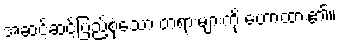
အဆင့်ဆင့်ပြည့်စုံသော တရားများကို ဟောထား၏။